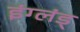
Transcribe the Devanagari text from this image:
इंग्लंड्